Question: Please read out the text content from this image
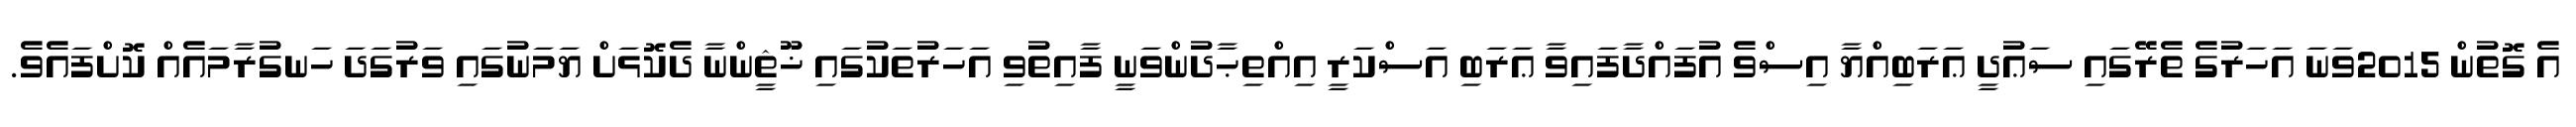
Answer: އެ ގޮތުން 2015ވަނަ އަހަރުގެ ތެރޭގައި ސަޢުދީ ޢަރަބިއްޔާ އިސްވެ އުފައްދާފައިވާ ޢަރަބި އަސްކަރީ އިއްތިޙާދުންވަނީ ފާއިތުވި އަހަރުތަކުގައި ޚޫޘީންނާ ދެކޮޅަށް ޔަމަނުގައި ވަރުގަދަ ހަނގުރާމައެއް ކޮށްފައެވެ.